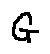
G